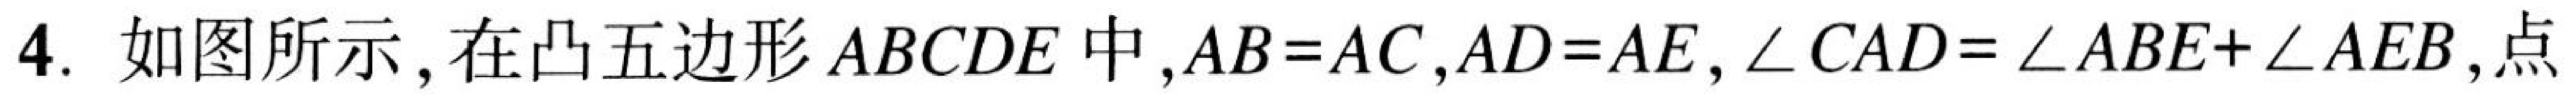
4. 如图所示,在凸五边形$ABCDE$中,$AB = AC,AD = AE,\angle CAD=\angle ABE+\angle AEB$,点